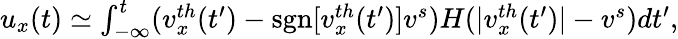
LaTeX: \begin{array}{r}{u_{x}(t)\simeq\int_{-\infty}^{t}(v_{x}^{th}(t^{\prime})-\mathrm{sgn}[v_{x}^{th}(t^{\prime})]v^{s})H(|v_{x}^{th}(t^{\prime})|-v^{s})dt^{\prime},}\end{array}